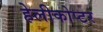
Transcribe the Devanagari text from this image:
हेलीकोप्टर